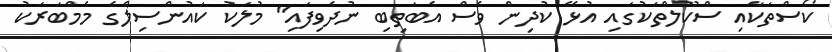
ކޯސްތަކާއި ސްކޫލްތަކުގައި އުޅޭ ކުދިން ވެސް އެބަތިބި ނުދެވިފައި" މުލަކު ކައުންސިލްގެ މެމްބަރަކު